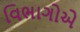
વિભાગોએ